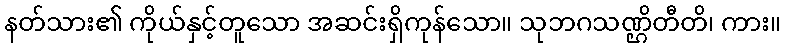
နတ်သား၏ ကိုယ်နှင့်တူသော အဆင်းရှိကုန်သော။ သုဘဂသဏ္ဌိတီတိ၊ ကား။